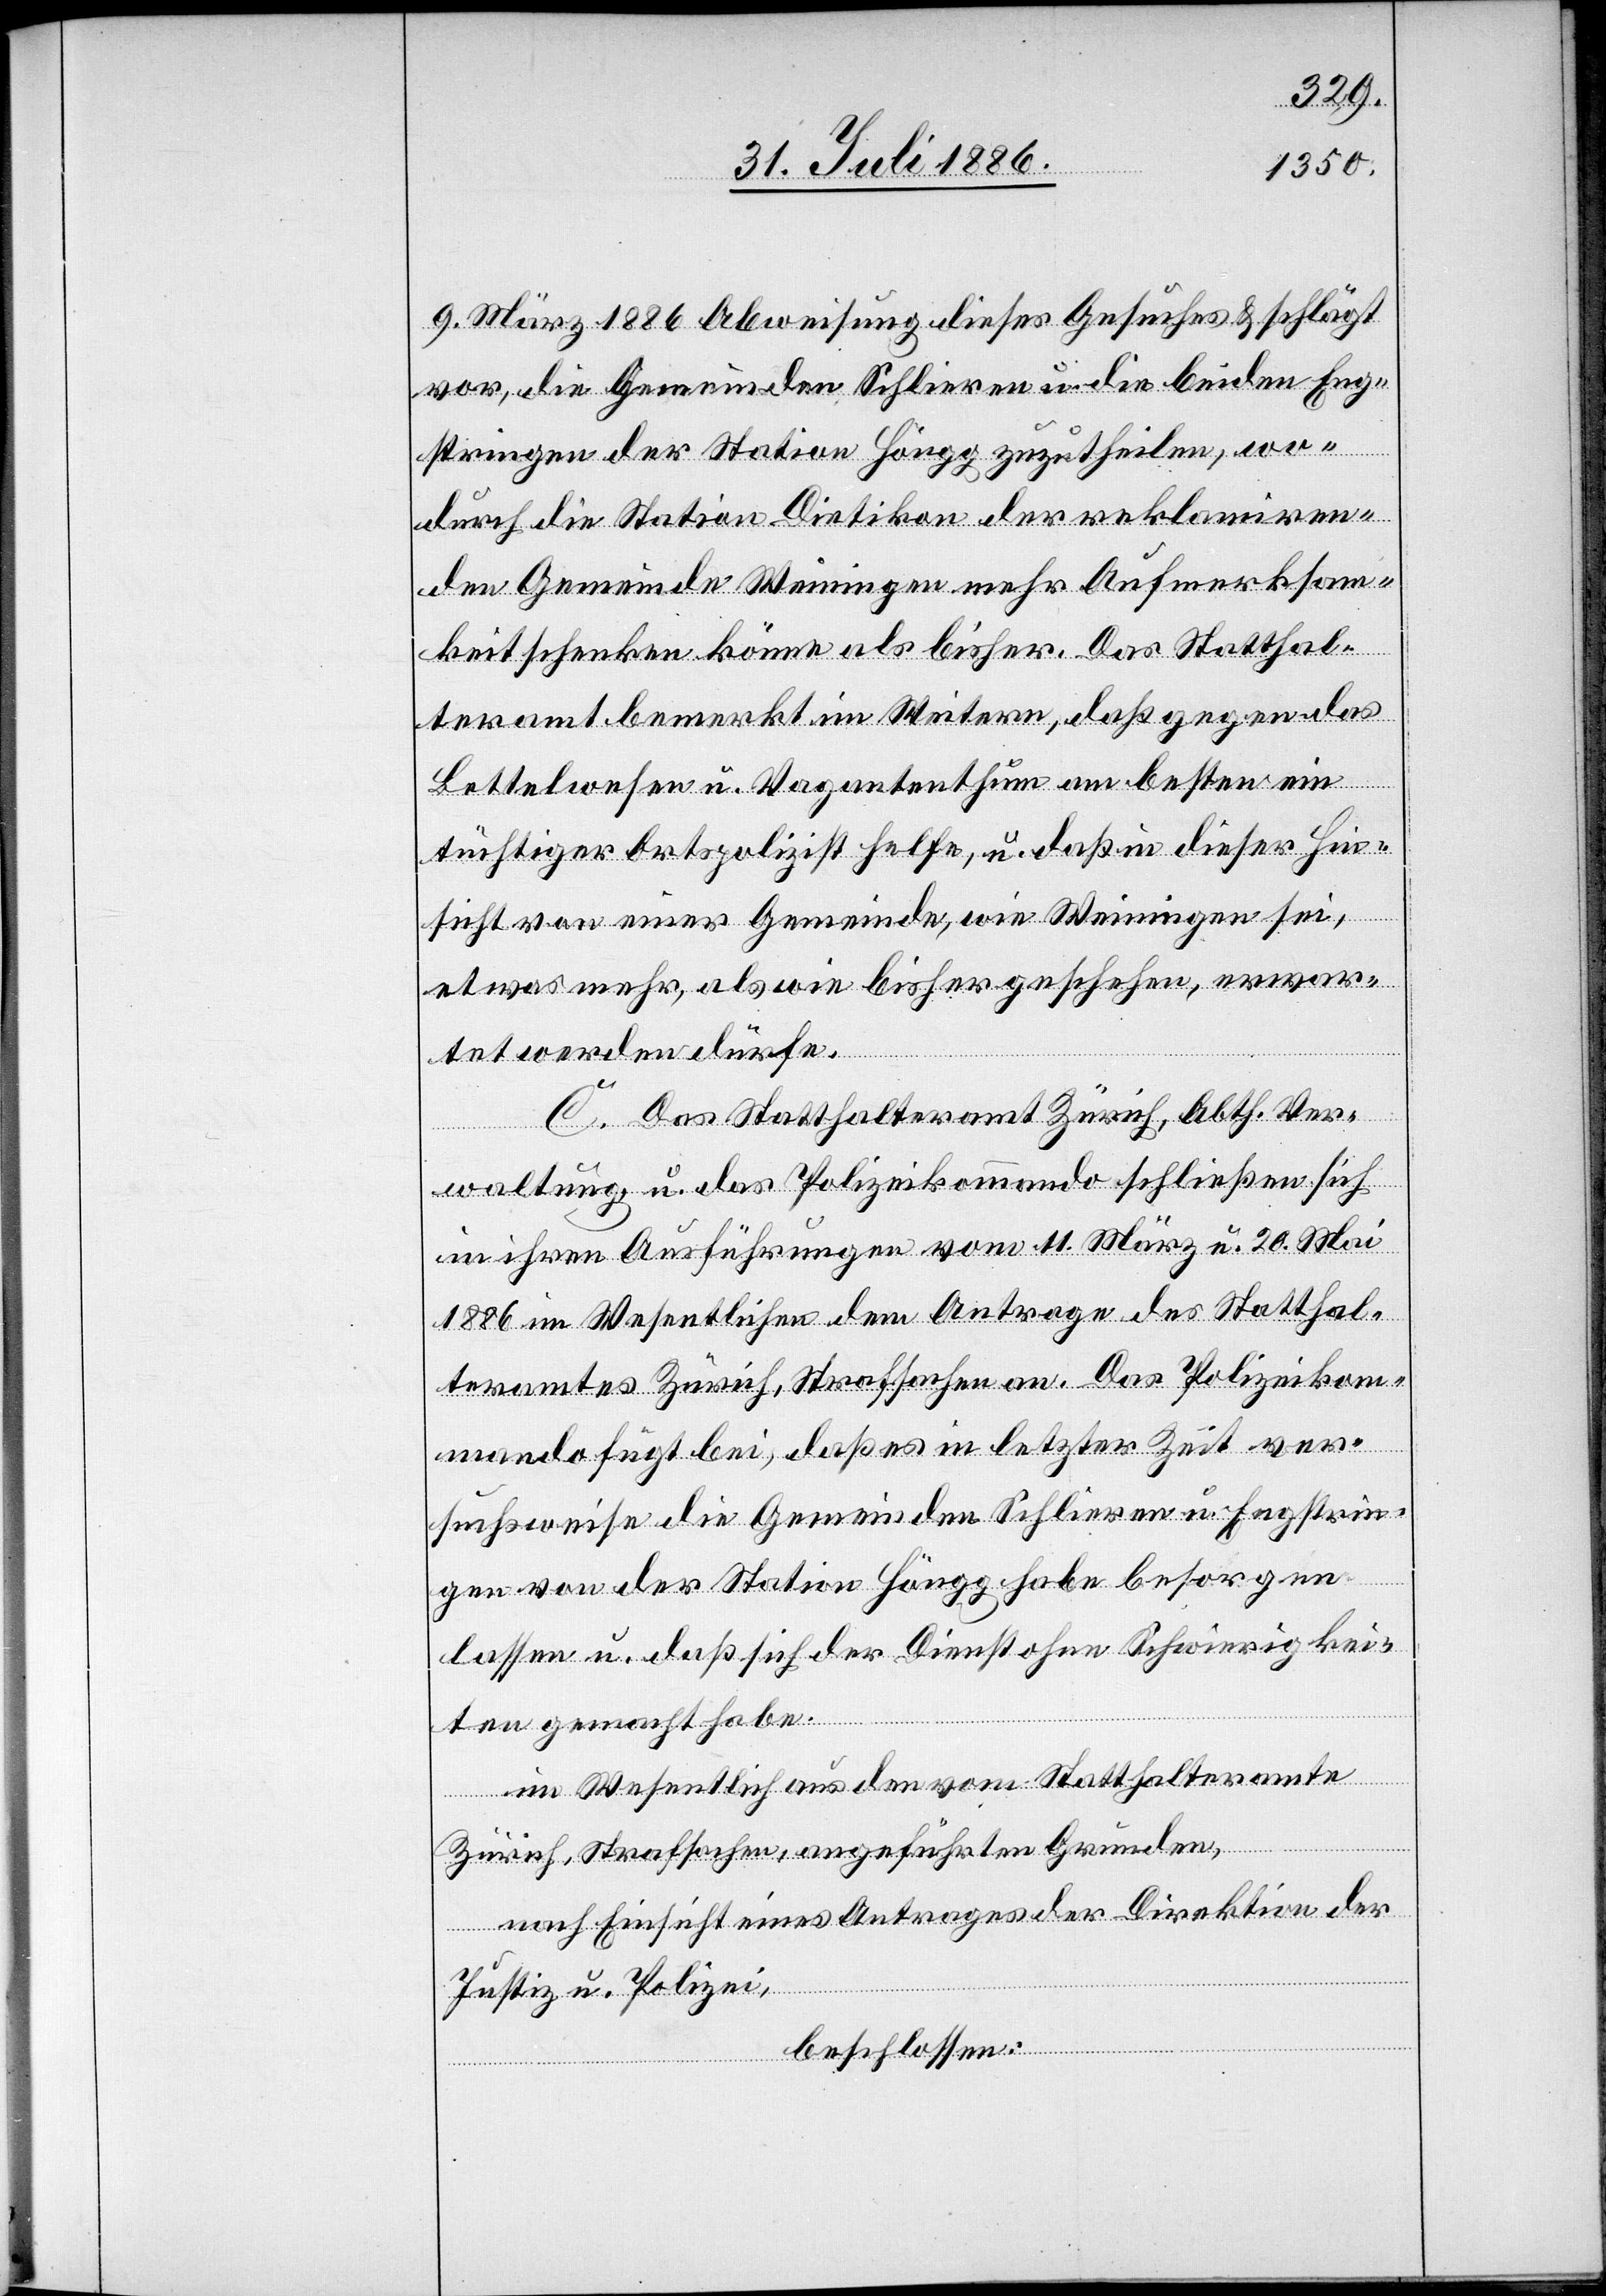
9. März 1886 Abweisung dieses Gesuches & schlägt
vor, die Gemeinden Schlieren u. die beiden Eng¬
stringen der Station Höngg zuzutheilen, wo¬
durch die Station Dietikon der reklamiren¬
den Gemeinde Weiningen mehr Aufmerksam¬
keit schenken könne als bisher. Das Statthal¬
teramt bemerkt im Weitern, daß gegen das
Bettelwesen u. Vagantenthum am besten ein
tüchtiger Ortspolizist helfe, u. daß in dieser Hin¬
sicht von einer Gemeinde, wie Weiningen sei,
etwas mehr, als wie bisher geschehen, erwar¬
tet werden dürfe.
C. Das Statthalteramt Zürich, Abth. Ver¬
waltung, u. das Polizeikommando schließen sich
in ihren Ausführungen vom 11. März u. 20. Mai
1886 im Wesentlichen dem Antrage des Statthal¬
teramtes Zürich, Strafsachen an. Das Polizeikom¬
mando fügt bei, daß es in letzter Zeit ver¬
suchsweise die Gemeinden Schlieren u. Engstrin¬
gen von der Station Höngg habe besorgen
lassen u. daß sich der Dienst ohne Schwierigkei¬
ten gemacht habe.
im Wesentlich[en] aus den vom Statthalteramte
Zürich, Strafsachen, angeführten Gründen,
nach Einsicht eines Antrages der Direktion der
Justiz u. Polizei,
beschlossen: